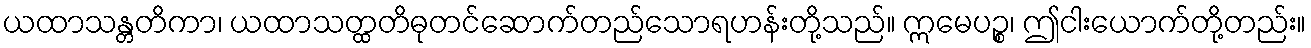
ယထာသန္တတိကာ၊ ယထာသတ္ထတိဓုတင်ဆောက်တည်သောရဟန်းတို့သည်။ ဣမေပဉ္စ၊ ဤငါးယောက်တို့တည်း။